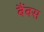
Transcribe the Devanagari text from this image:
बैंबस